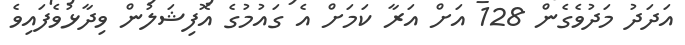
އަދަދު މަދުވެގެން 128 އަށް އަރާ ކަމަށް އެ ގައުމުގެ އޮފިޝަލުން ވިދާޅުވެފައިވެ